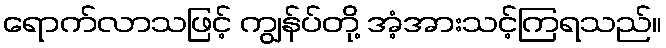
ရောက်လာသဖြင့် ကျွန်ပ်တို့ အံ့အားသင့်ကြရသည်။